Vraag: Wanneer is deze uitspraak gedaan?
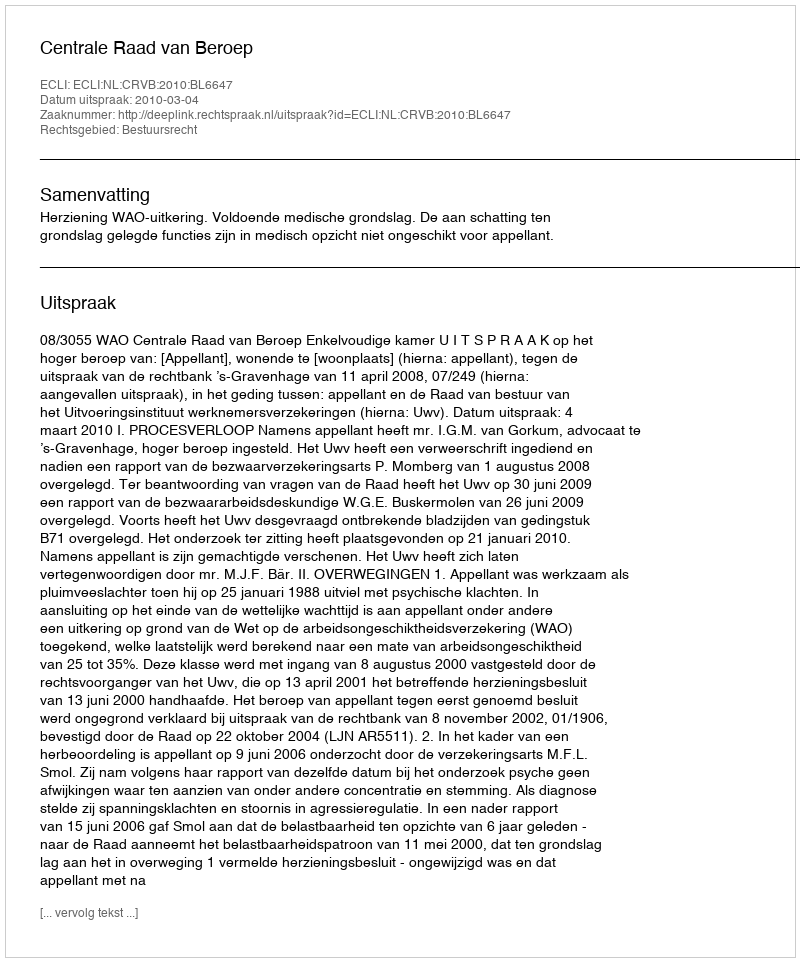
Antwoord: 2010-03-04